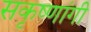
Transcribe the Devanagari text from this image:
सकृष्णांगी